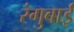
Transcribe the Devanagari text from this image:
रंगुबाई